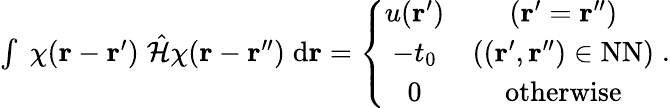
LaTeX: \begin{array}{r}{\int\; \chi(\mathbf{r}-\mathbf{r}^{\prime})\; \hat{\mathcal{H}}\chi(\mathbf{r}-\mathbf{r}^{\prime\prime})\; \mathrm{d}\mathbf{r}=\left\{ \begin{array}{cc}{u(\mathbf{r}^{\prime})}&{(\mathbf{r}^{\prime}=\mathbf{r}^{\prime\prime})}\\ {-t_{0}}&{((\mathbf{r}^{\prime},\mathbf{r}^{\prime\prime})\in\mathrm{NN})}\\ {0}&{\mathrm{otherwise}}\end{array}\right.\; .}\end{array}